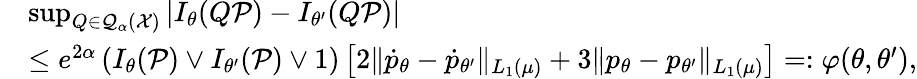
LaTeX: \begin{array}{rl}&{\operatorname*{sup}_{Q\in\mathcal{Q}_{\alpha}(\mathcal X)}\left|I_{\theta}(Q{\mathcal P})-I_{\theta^{\prime}}(Q{\mathcal P})\right|}\\ &{\le e^{2\alpha}\left(I_{\theta}({\mathcal P})\lor I_{\theta^{\prime}}({\mathcal P})\lor 1\right)\left[2\| \dot{p}_{\theta}-\dot{p}_{\theta^{\prime}}\| _{L_{1}(\mu)}+3\| {p}_{\theta}-{p}_{\theta^{\prime}}\| _{L_{1}(\mu)}\right]=:\varphi(\theta,\theta^{\prime}),}\end{array}